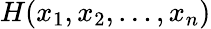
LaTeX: H(x_{1},x_{2},\dots,x_{n})